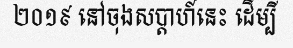
២០១៩ នៅចុងសប្តាហ៍នេះ ដើម្បី